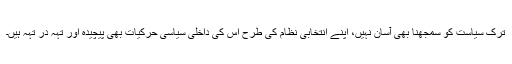
ترک سیاست کو سمجھنا بھی آسان نہیں، اپنے انتخابی نظام کی طرح اس کی داخلی سیاسی حرکیات بھی پیچیدہ اور تہہ در تہہ ہیں۔